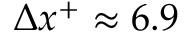
\Delta x ^ { + } \approx 6 . 9